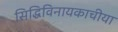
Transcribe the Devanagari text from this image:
सिद्धिविनायकाचीया